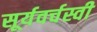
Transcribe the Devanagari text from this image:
सूर्यवर्चस्वी